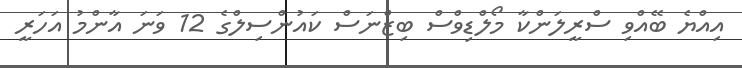
އިއްޔެ ބޭއްވި ސްރީލަންކާ މޯލްޑިވްސް ބިޒްނަސް ކައުންސިލްގެ 12 ވަނަ އާންމު އަހަރީ